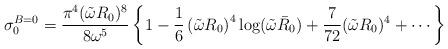
LaTeX: \begin{align*}\sigma_0^{B=0} = {{\pi^4 (\tilde \omega R_0)^8 } \over { 8 \omega^5 } } \left \{ 1 - { 1\over 6} \left ( \tilde \omega R_0 \right )^4 \log (\tilde \omega \bar R_0 ) + { 7 \over 72} (\tilde \omega R_0)^4 + \cdots \right \}\end{align*}